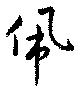
佩